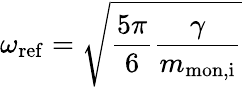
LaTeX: \omega_{\mathrm{ref}}=\sqrt{\frac{5\pi}{6}\frac{\gamma}{m_{\mathrm{mon,i}}}}